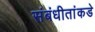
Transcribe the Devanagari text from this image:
संबंधीतांकडे